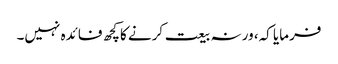
فرمایا کہ، ورنہ بیعت کرنے کاکچھ فائدہ نہیں۔